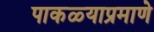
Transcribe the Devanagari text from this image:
पाकळ्याप्रमाणे